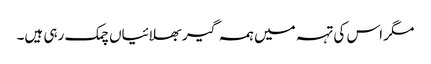
مگر اس کی تہہ میں ہمہ گیر بھلائیاں چمک رہی ہیں۔